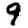
Digit: 9